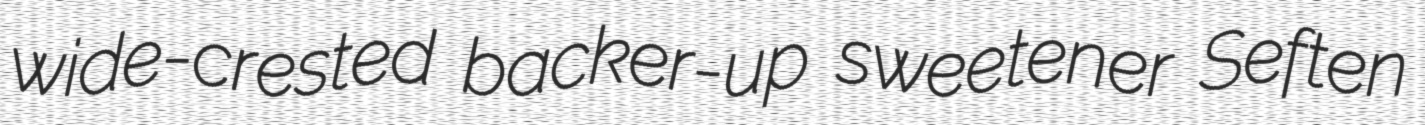
wide-crested backer-up sweetener Seften